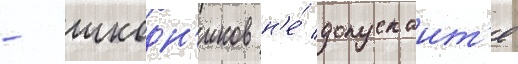
- шкодн'иков н'е́ допускаит'е